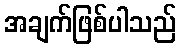
အချက်ဖြစ်ပါသည်